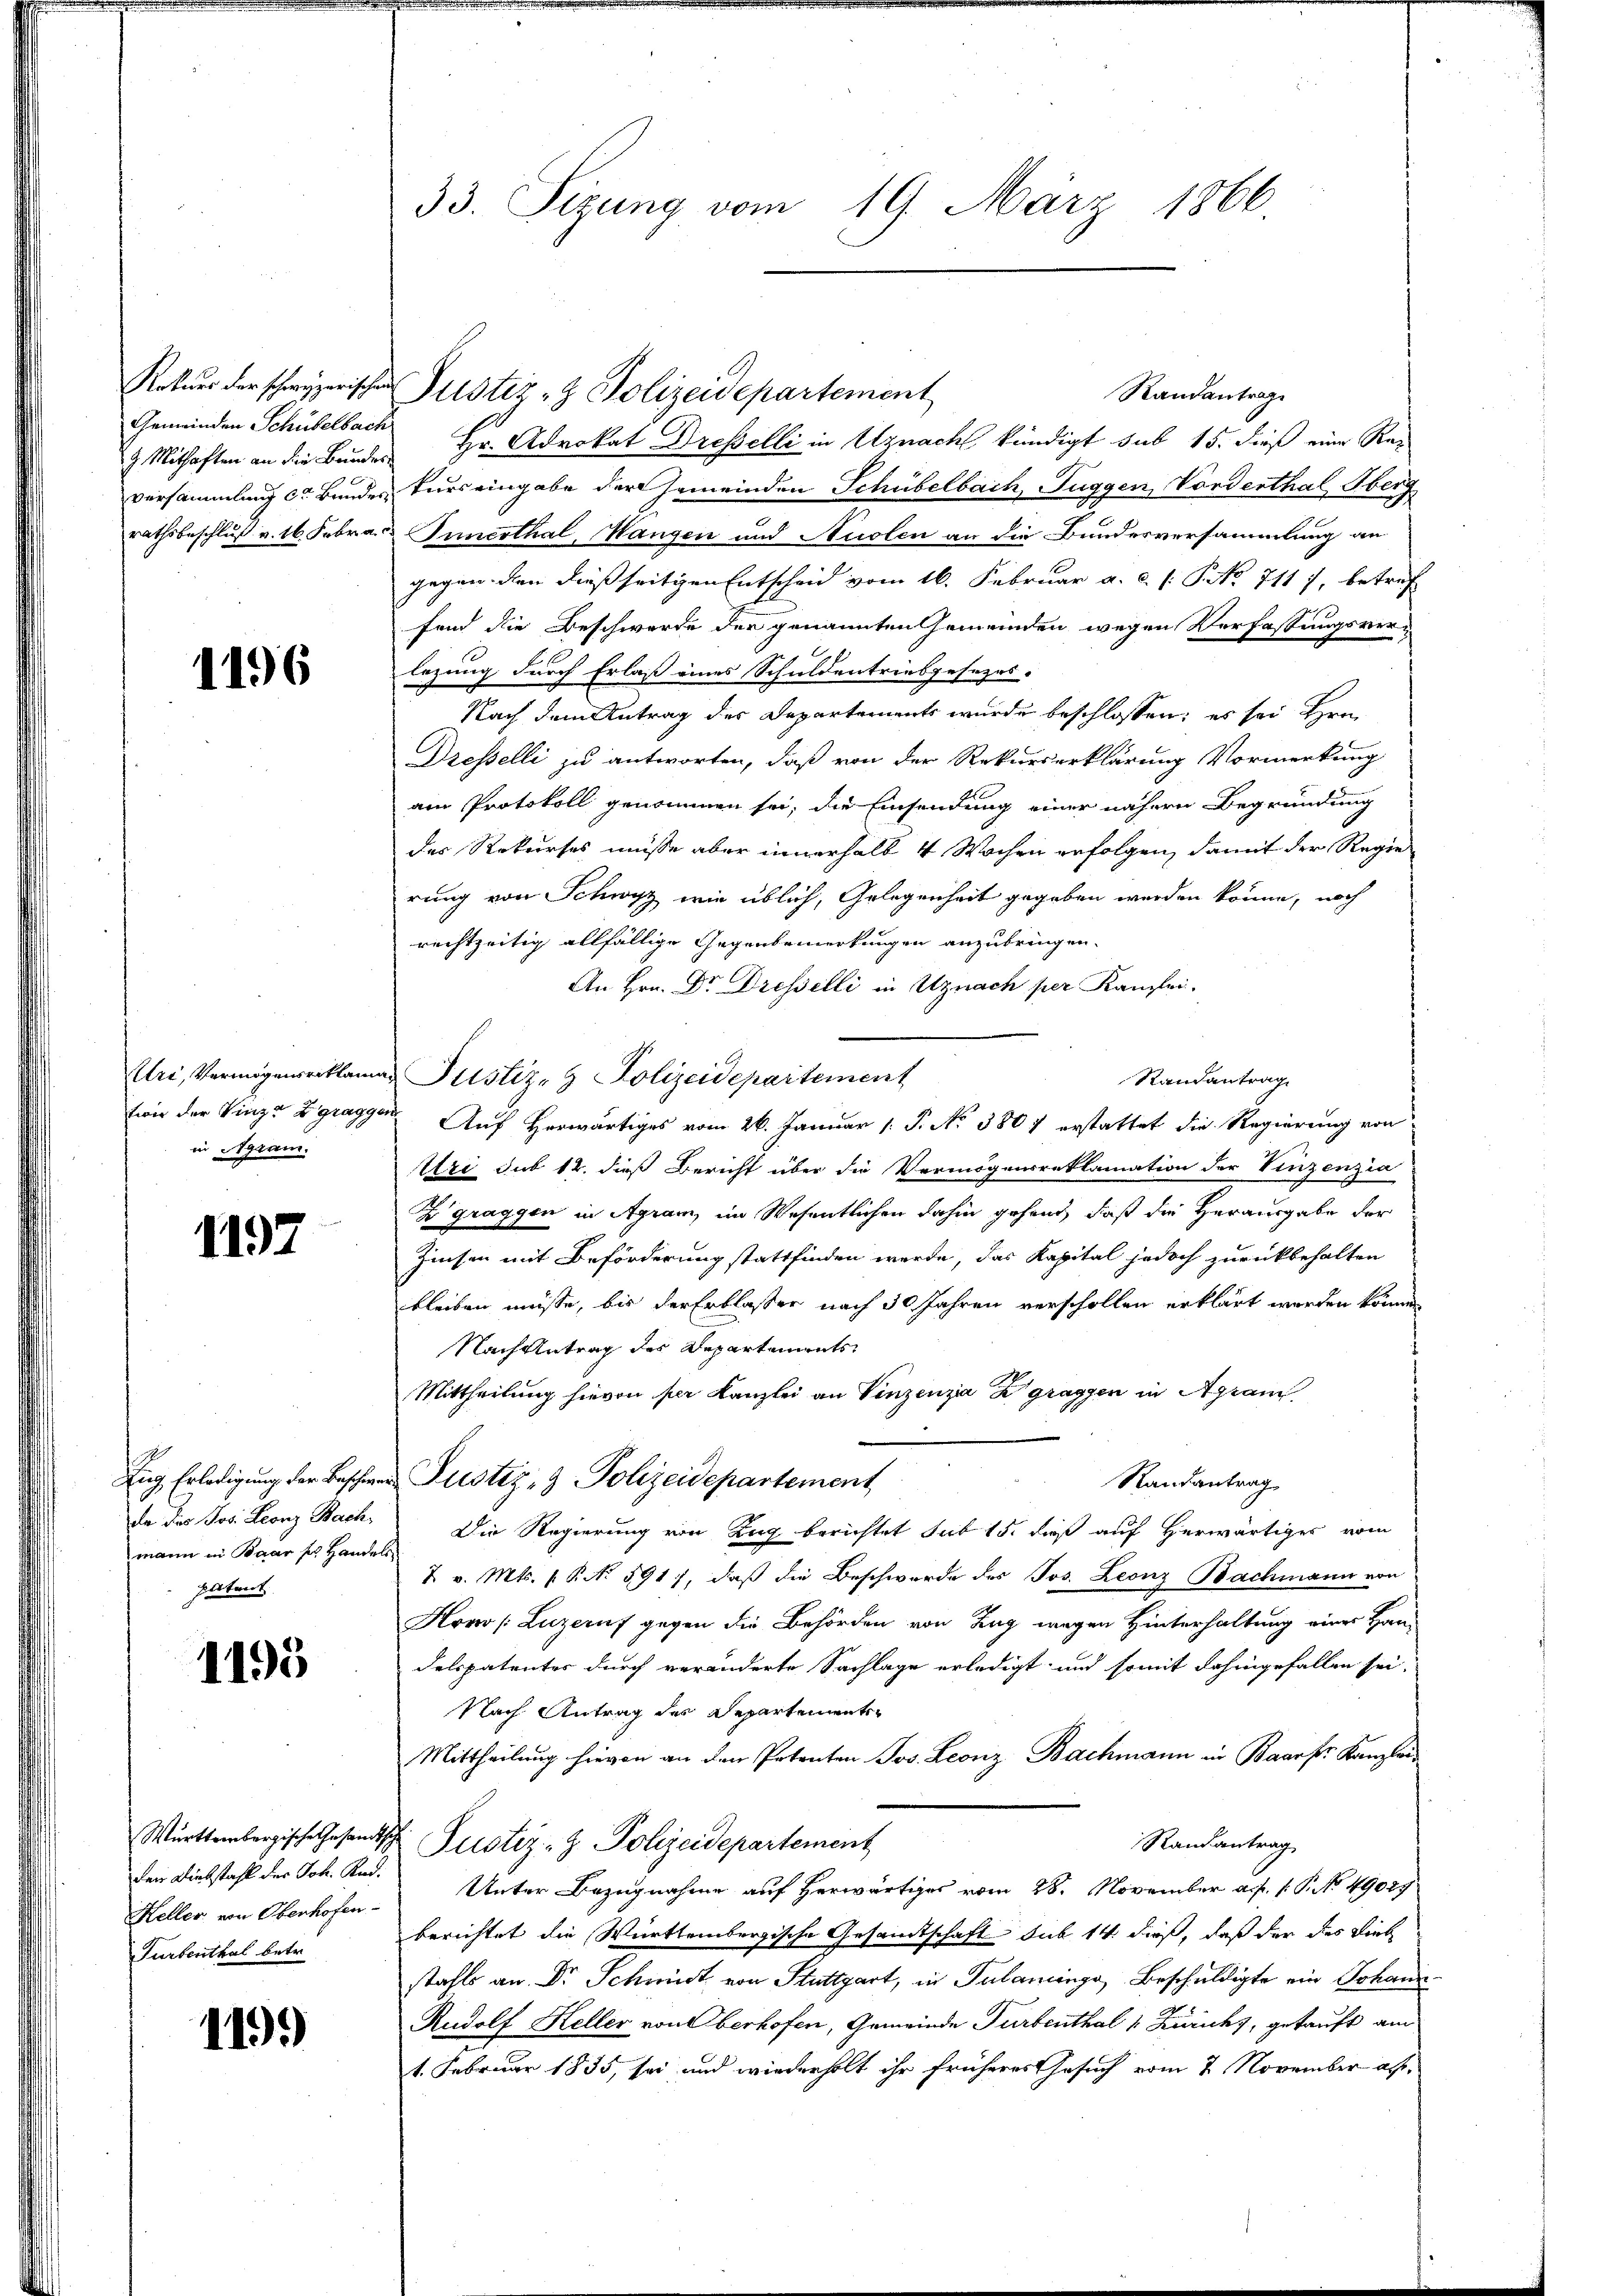
g Mithaften an die Bundes

1196

twie der Vinze Zgrag
in Agram.

1197

mann in Baar sich Handels
pittent

1195

Heller von Oberhofen-
Turbenthal betr.

119)

33. Sizung vom 19. März 1866

Rotuer der schweizerischen Justiz- & Polizeidepartement

Randantrag
Gemeinden Schübelbach Hr. Advokat Dresselli in Uznach kündigt sub 15. dieß eine Raversammlung der Bundes Tuirs eingabe der Gemeinden Schübelbach, Tuggen, Vorderthal, Oberg
rathsbeschluß v. 16. Febra Innerthal, Wangen und Auslen an die Bundesversammlung an
gegen den dießseitigen Entscheid vom 16. Februar a. c. 1 P NNo. 711 7, betref
fend die Beschwerde der genannten Gemeinden wegen Verfassungsverlegung durch Erlaß eines Schuldentriebgesezes-
Nach dem Antrag des Departements wurde beschlossen; es sei Hrn.
Dresselli zu antworten, daß von der Rekurserklärung Vormerkung
ain Protokoll genommen sei, die Einsendung einer nähern Begründung
das Rekurses müsse aber innerhalb 4 Wochen erfolgen, damit der Regie
rung von Schwyz wie üblich, Gelegenheit gegeben werden könne, noch
rechtzeitig allfällige Gegenbemerkungen anzubringen.
An Hrn. Dr. Dresselli in Uznach per Kanzlei.
Uri, Vermögenserklama Justiz- & Polizeidepartement
Randantrag
von Auf Herwärtiges vom 26. Januar 1. P. No 3807 erstattet die Regierung von
Uri sub 12. dieß Bericht über die Vermögensreklamation der Vinzenzia
Zgraggen in Agram, im Wesentlichen dahin gehend, daß die Herausgabe der
Zinsen mit Beförderung stattfinden werde, das Kapital jedoch zurückbehalten
bleiben müsse, bis der Erblasser nach 30 Jahren verschollen erklärt werden können
Nach Antrag des Departements
Mittheilung hievon per Kanzlei an Vinzenzia Zgraggen in Agram
Zng Erledigung der Beschwer Justiz- & Polizeidepartement
Randantrag
da des Jos. Leonz Bach, Die Regierung von Zug berichtet sub 15. dieß auf herwärtiges vom
7. v. Mts. f. P. Nr. 591), daß die Beschwerde des Jos. Leonz Bachmann von
Howo (Luzern gegen die Behörden von Zug wegen Hinterhaltung einer Han-
delspatenter durch veränderte Sachlage erledigt und somit dahingefallen sei.
Nach Antrag des Departements¬
Mittheilung hievon an den Petenten Jos. Leonz Bachmann in Baarfs Kanzlei
Württembergische Gesandtsch Pustiz- & Polizeidepartement
Randantrag
den Diebstahl des Joh. And. Unter Bezugnahme auf Herwärtiges vom 28. November a. p. 1. P. No. 49027
berichtet die Württembergische Gesandtschaft sub 14 dieß, daß der des Lieb
stahls an Dr. Schmidt von Stuttgart, in Tulaninge, Beschuldigte ein Johann
Rudolf Heller von Oberhofen, Gemeinde Turbenthal v. Zürichs, gekauft am
1. Februar 1835, sei und wiederholt ihr früheres Gesuch vom 2. November aus¬